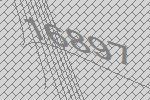
16897